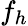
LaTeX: f_{h}